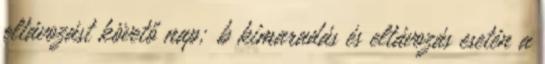
eltávozást követő nap; b kimaradás és eltávozás esetén a